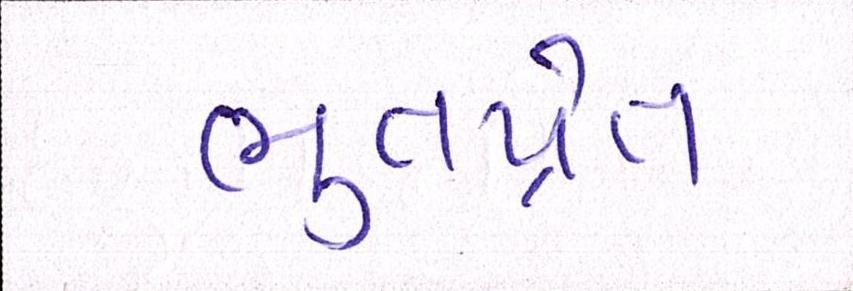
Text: ભુતપ્રેત